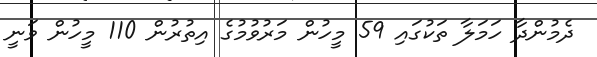
ދެމުންދާ ހަަމަލާ ތަކުގައި 59 މީހުން މަރުވުމުގެ އިތުރުން 110 މީހުން ވަނީ